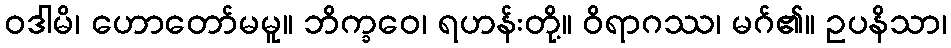
ဝဒါမိ၊ ဟောတော်မမူ။ ဘိက္ခဝေ၊ ရဟန်းတို့။ ဝိရာဂဿ၊ မဂ်၏။ ဥပနိသာ၊